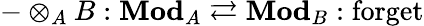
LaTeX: -\otimes_{A}B:\mathbf{Mod}_{A}\rightleftarrows\mathbf{Mod}_{B}:\operatorname{forget}